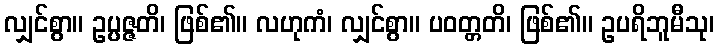
လျှင်စွာ။ ဥပ္ပဇ္ဇတိ၊ ဖြစ်၏။ လဟုကံ၊ လျှင်စွာ။ ပဝတ္တတိ၊ ဖြစ်၏။ ဥပရိဘူမီသု၊